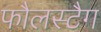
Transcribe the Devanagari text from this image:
फौलस्टैग